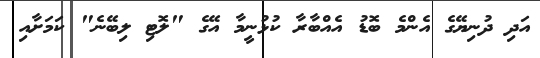
އަދި ދުނިޔޭގެ އެންމެ ބޮޑު އެއްބާރާ ކުޅުނީމާ އޭގެ "ލޮޓި ލިބޭނެ" ކަމަށާއި